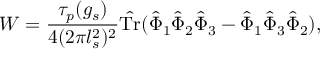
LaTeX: W = \frac { \tau _ { p } ( g _ { s } ) } { 4 ( 2 \pi l _ { s } ^ { 2 } ) ^ { 2 } } \hat { \mathrm { T r } } ( \hat { \Phi } _ { 1 } \hat { \Phi } _ { 2 } \hat { \Phi } _ { 3 } - \hat { \Phi } _ { 1 } \hat { \Phi } _ { 3 } \hat { \Phi } _ { 2 } ) ,